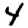
Digit: 4